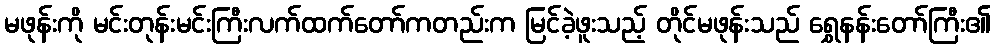
မဖုန်းကို မင်းတုန်းမင်းကြီးလက်ထက်တော်ကတည်းက မြင်ခဲ့ဖူးသည့် တိုင်မဖုန်းသည် ရွှေနန်းတော်ကြီး၏